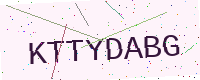
Text: KTTYDABG